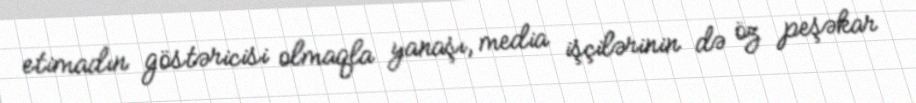
etimadın göstəricisi olmaqla yanaşı, media işçilərinin də öz peşəkar